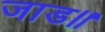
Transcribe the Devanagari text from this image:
जाड॥